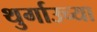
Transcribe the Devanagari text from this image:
थुर्गाउच्या